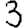
Digit: 3